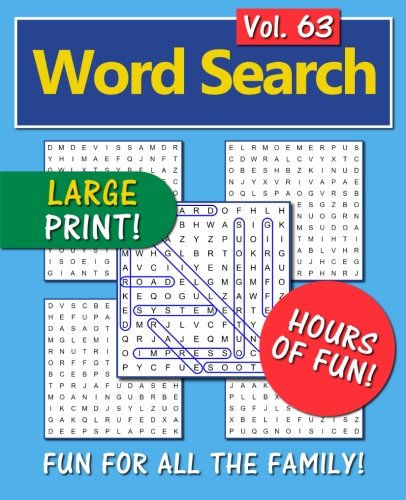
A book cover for Word Search: Fun for all the family! - Volume 63; Word Search; Humor & Entertainment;